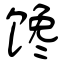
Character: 馋